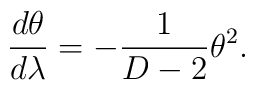
\frac{d\theta}{d\lambda} = -\frac{1}{D-2} \theta^2.